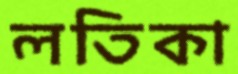
লতিকা